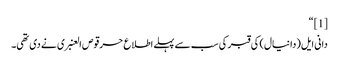
[1] “
دانی ایل(دانیال) کی قبر کی سب سے پہلے اطلاع حرقوص العنبری نے دی تھی۔